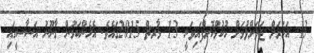
13 އަހަރަށް ޖަލަށްލުމަށް ހުކުމްކޮށްފައިވަނީ 13 މާރޗް 2015ގައެވެ. އެހެންކަމުން ޤާނޫނު އަސާސީގައި